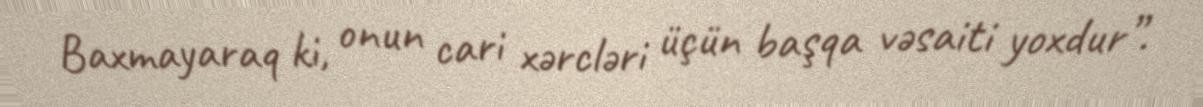
Baxmayaraq ki, onun cari xərcləri üçün başqa vəsaiti yoxdur”.